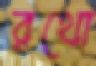
রথো